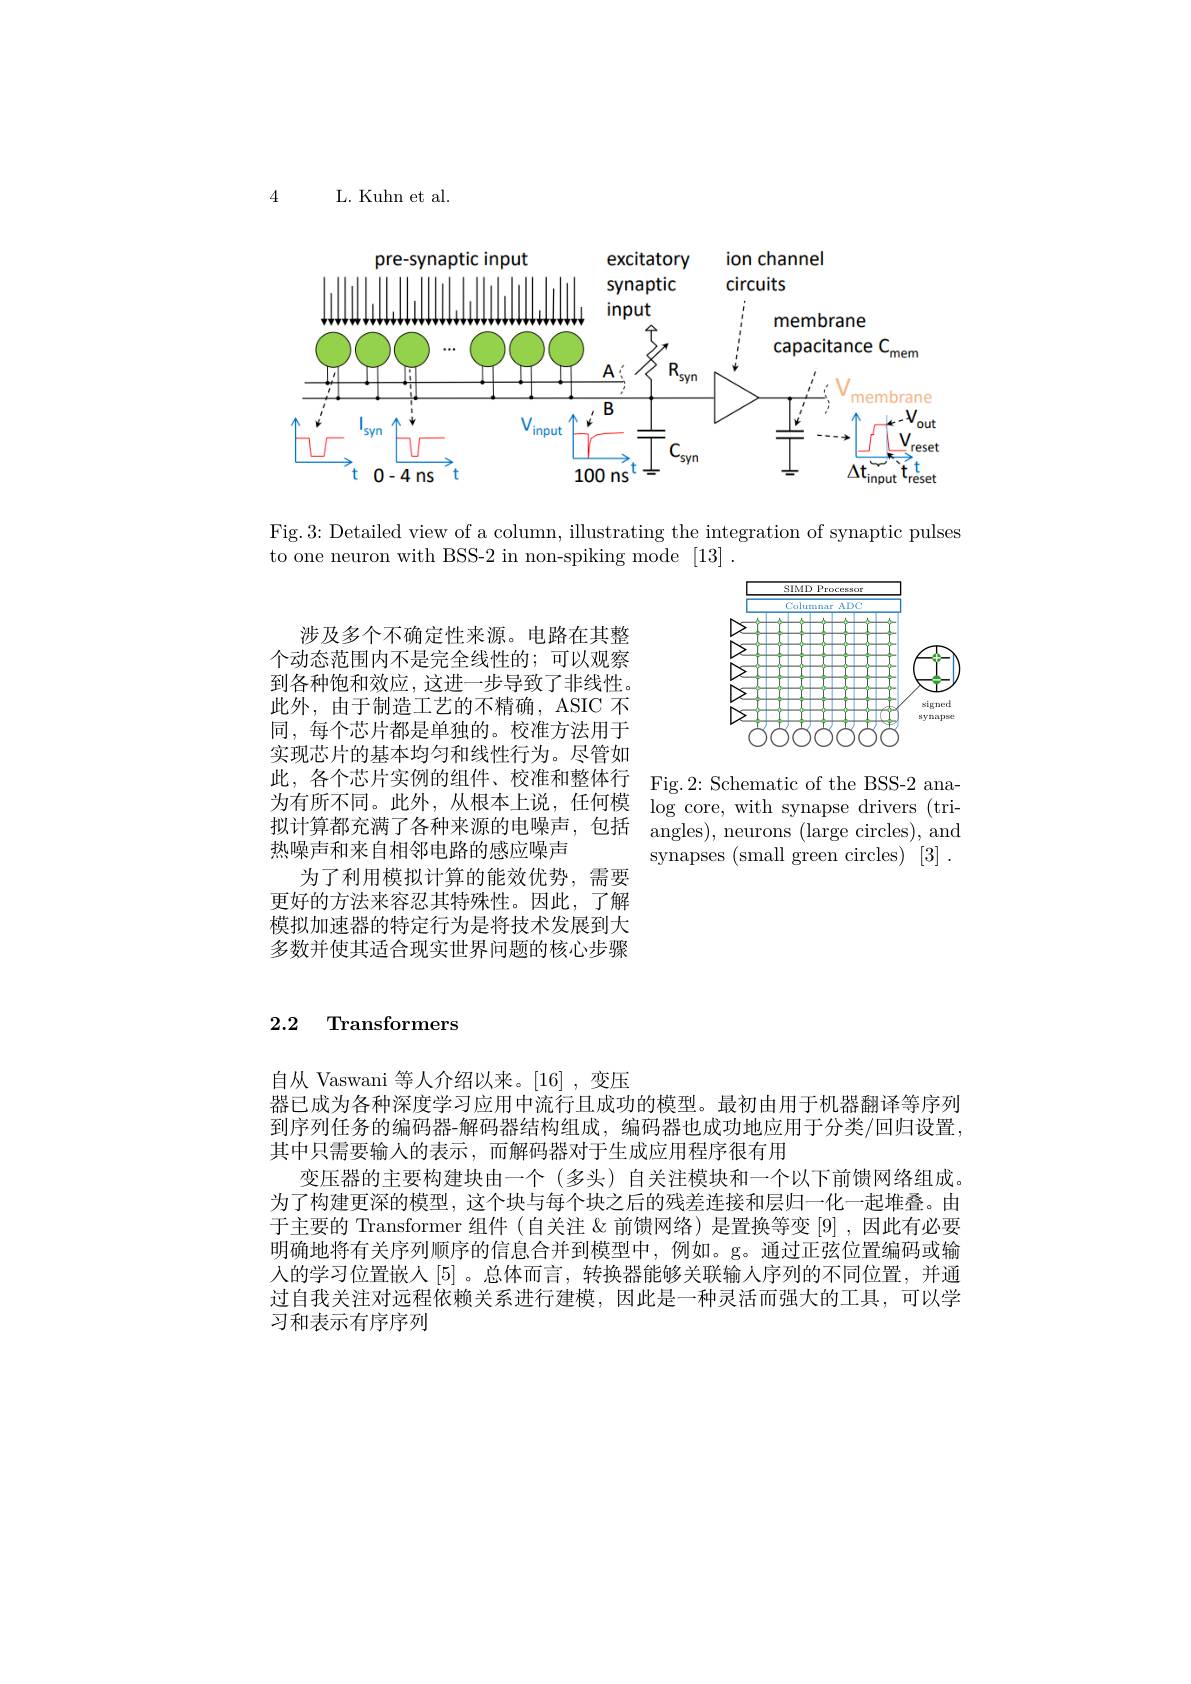
4 L. Kuhn et al.

<FigureHere>

Fig.3: Detailed view of a column, illustrating the integration of synaptic pulses
to one neuron with BSS-2 in non-spiking mode [13].

<FigureHere>

涉及多个不确定性来源。电路在其整个动态范围内不是完全线性的；可以观察到各种饱和效应，这进一步导致了非线性。此外，由于制造工艺的不精确，ASIC 不同，每个芯片都是单独的。校准方法用于实现芯片的基本均匀和线性行为。尽管如此，各个芯片实例的组件、校准和整体行为有所不同。此外，从根本上说，任何模拟计算都充满了各种来源的电噪声，包括热噪声和来自相邻电路的感应噪声
为了利用模拟计算的能效优势，需要更好的方法来容忍其特殊性。因此，了解模拟加速器的特定行为是将技术发展到大多数并使其适合现实世界问题的核心步骤

Fig.2: Schematic of the BSS-2 ana- $\log$core, with synapse drivers (triangles), neurons (large circles), and synapses (small green circles) [3] .

## 2.2 Transformers

自从 Vaswani 等人介绍以来。[16],变压
器已成为各种深度学习应用中流行且成功的模型。最初由用于机器翻译等序列到序列任务的编码器-解码器结构组成，编码器也成功地应用于分类/回归设置， 其中只需要输人的表示，而解码器对于生成应用程序很有用
变压器的主要构建块由一个 (多头) 自关注模块和一个以下前馈网络组成。为了构建更深的模型，这个块与每个块之后的残差连接和层归一化一起堆叠。由于主要的 Transformer 组件 (自关注 &前馈网络) 是置换等变 [9] ,因此有必要明确地将有关序列顺序的信息合并到模型中，例如。g。通过正弦位置编码或输人的学习位置嵌人[5]。总体而言，转换器能够关联输入序列的不同位置，并通过自我关注对远程依赖关系进行建模，因此是一种灵活而强大的工具，可以学习和表示有序序列